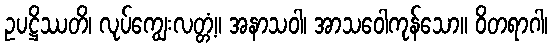
ဥပဋ္ဌိဿတိ၊ လုပ်ကျွေးလတ္တံ့။ အနာသဝါ၊ အာသဝေါကုန်သော။ ဝိတရာဂါ၊